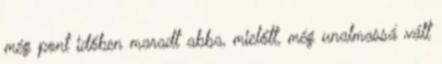
még pont időben maradt abba, mielőtt, még unalmassá vált